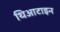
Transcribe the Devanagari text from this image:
थिआटाइन